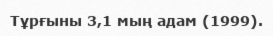
Тұрғыны 3,1 мың адам (1999).